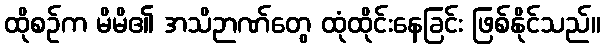
ထိုစဉ်က မိမိ၏ အသိဉာဏ်တွေ ထုံထိုင်းနေခြင်း ဖြစ်နိုင်သည်။